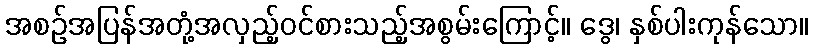
အစဉ်အပြန်အတုံ့အလှည့်ဝင်စားသည့်အစွမ်းကြောင့်။ ဒွေ၊ နှစ်ပါးကုန်သော။